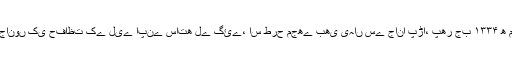
حضرت مدنی﷫ فرماتے ہیں کہ اس وقت ترک یہاں کے دین دار لوگوں کو ان کی جانوں کی حفاظت کے لیے اپنے ساتھ لے گئے، اس طرح مجھے بھی یہاں سے جانا پڑا، پھر جب ۱۳۳۴ ھ میں شریفِ مکہ محافظِ حرمین شریفین ہوا تو میں پھر مدینۂ منورہ حاضر ہوگیا۔